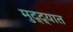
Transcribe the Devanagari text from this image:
मुद्द्यात